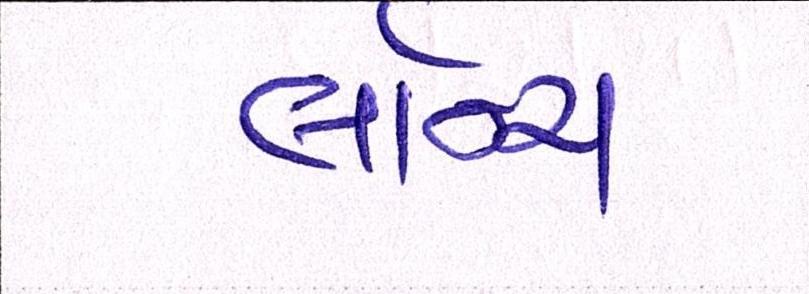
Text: લૉન્ચ